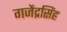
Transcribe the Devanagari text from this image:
गजेंद्रसिंह